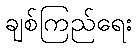
ချစ်ကြည်ရေး